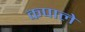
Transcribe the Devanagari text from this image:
कपाले